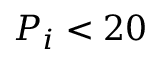
P _ { i } < 2 0 \